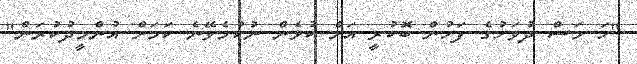
"ހަ މަސް ދުވަހުގެ ފަހުން ބޮކުރީ އަށް ކުޅެން ނުކުމެވޭނެ ކަމަށް އުންމީދުކުރަން"